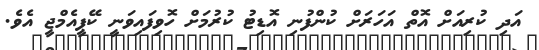
އަދި ކުރިއަށް އޮތް އަހަރަށް ކުންފުނި އޮޑިޓު ކުރުމަށް ހޮވިފައިވަނީ ކޭޕީއެމްޖީ އެވެ.